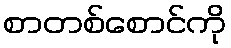
စာတစ်စောင်ကို